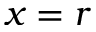
x = r